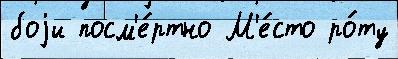
боjи посм'е́ртно М'е́сто ро́ту